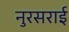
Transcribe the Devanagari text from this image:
नुरसराई